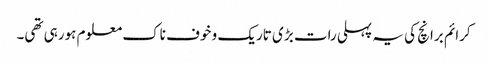
کرائم برانچ کی یہ پہلی رات بڑی تاریک و خوف ناک معلوم ہورہی تھی۔